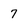
Character: 7